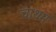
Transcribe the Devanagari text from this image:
चाथम